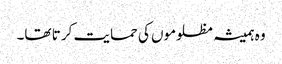
وہ ہمیشہ مظلوموں کی حمایت کر تا تھا۔